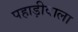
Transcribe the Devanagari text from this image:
पहाड़ीवाला